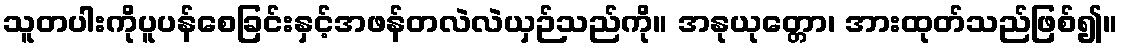
သူတပါးကိုပူပန်စေခြင်းနှင့်အဖန်တလဲလဲယှဉ်သည်ကို။ အနုယုတ္တော၊ အားထုတ်သည်ဖြစ်၍။